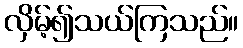
လှိမ့်၍သယ်ကြသည်။